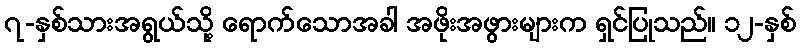
၇-နှစ်သားအရွယ်သို့ ရောက်သောအခါ အဖိုးအဖွားများက ရှင်ပြုသည်။ ၁၂-နှစ်